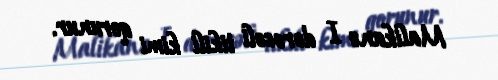
Malikanə I dərəcəli tikili kimi qorunur.